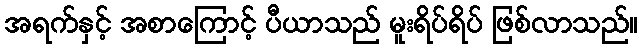
အရက်နှင့် အစာကြောင့် ပီယာသည် မူးရိပ်ရိပ် ဖြစ်လာသည်။